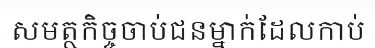
សមត្ថកិច្ចចាប់ជនម្នាក់ដែលកាប់